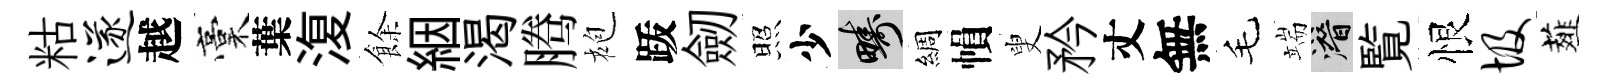
䊀遂越稾葉𣸪餘絪渴腾袍䟦劒照少疇綢𢄙叟矜丈無毛端潜覧恨圾薤